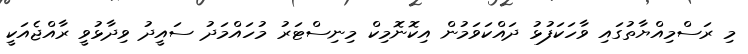
މި ރަސްމިއްޔާތުގައި ވާހަކަފުޅު ދައްކަވަމުން އިކޮނޮމިކް މިނިސްޓަރު މުހައްމަދު ސައީދު ވިދާޅުވީ ރާއްޖެއަކީ